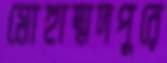
মোহাম্মদপুরে